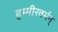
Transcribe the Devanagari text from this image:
हम्मीरवर्मन्